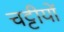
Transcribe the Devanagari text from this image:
चट्टीयों